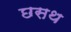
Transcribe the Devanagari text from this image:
छसथ